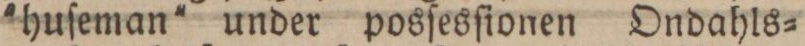
'huſeman' under posſesſionen Ondahls=